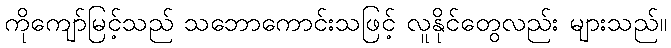
ကိုကျော်မြင့်သည် သဘောကောင်းသဖြင့် လူနိုင်တွေလည်း များသည်။